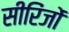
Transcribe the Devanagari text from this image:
सीरिंजों